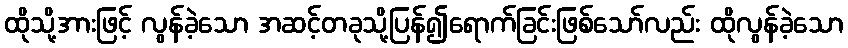
ထိုသို့အားဖြင့် လွန်ခဲ့သော အဆင့်တခုသို့ပြန်၍ရောက်ခြင်းဖြစ်သော်လည်း ထိုလွန်ခဲ့သော